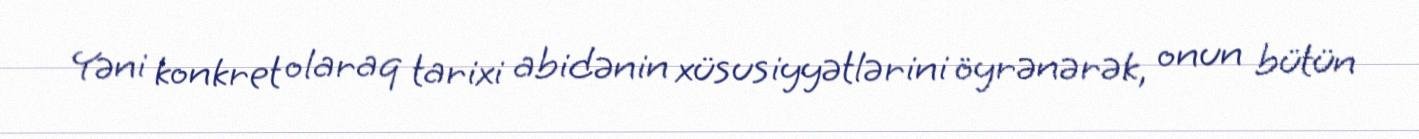
Yəni konkret olaraq tarixi abidənin xüsusiyyətlərini öyrənərək, onun bütün